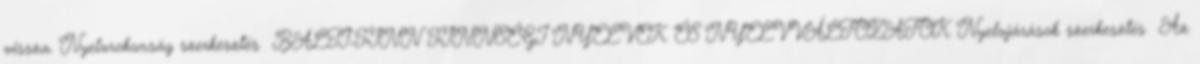
vissza. Nyelvrokonság szerkesztés BALTI-FINN FINNSÉGI NYELVEK ÉS NYELVVÁLTOZATOK Nyelvjárások szerkesztés Az